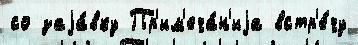
со заjа́вку Пр'им'еча́н'иjа встр'е́чу